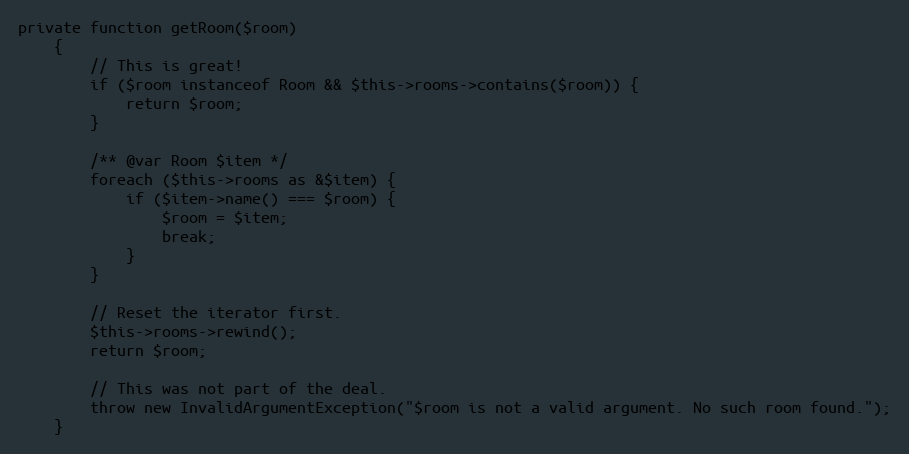
Language: PHP
private function getRoom($room)
    {
        // This is great!
        if ($room instanceof Room && $this->rooms->contains($room)) {
            return $room;
        }

        /** @var Room $item */
        foreach ($this->rooms as &$item) {
            if ($item->name() === $room) {
                $room = $item;
                break;
            }
        }

        // Reset the iterator first.
        $this->rooms->rewind();
        return $room;

        // This was not part of the deal.
        throw new InvalidArgumentException("$room is not a valid argument. No such room found.");
    }